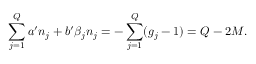
\sum _ { j = 1 } ^ { Q } a ^ { \prime } n _ { j } + b ^ { \prime } \beta _ { j } n _ { j } = - \sum _ { j = 1 } ^ { Q } ( g _ { j } - 1 ) = Q - 2 M .